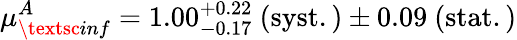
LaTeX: \mu_{\textsc{inf}}^{A}=1.00_{-0.17}^{+0.22}~\mathrm{(syst.)}\pm 0.09~\mathrm{(stat.)}